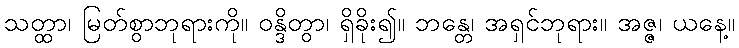
သတ္ထာ၊ မြတ်စွာဘုရားကို။ ဝန္ဒိတွာ၊ ရှိခိုး၍။ ဘန္တေ၊ အရှင်ဘုရား။ အဇ္ဇ၊ ယနေ့။